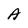
Character: A